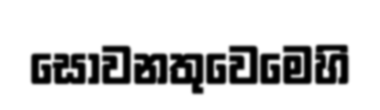
සොවනතුවෙමෙහි